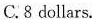
C. 8 dollars.